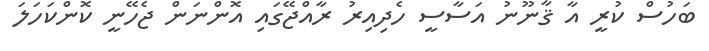
ބަހުސް ކުރީ އާ ޤާނޫނު އަސާސީ ހެދިއިރު ރާއްޖޭގައި އޮންނަން ޖެހޭނީ ކޮންކަހަލަ